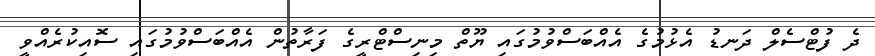
ދެ ފުޓްސެލް ދަނޑު އެޅުމުގެ އެއްބަސްވުމުގައި ޔޫތް މިނިސްޓްރީގެ ފަރާތުން އެއްބަސްވުމުގައި ސޮއިކުރެއްވީ